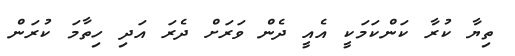
ތިޔާ ކުރާ ކަންކަމަކީ އެއީ ދެން ވަރަށް ދެރަ އަދި ހިތާމަ ކުރަން